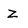
Character: z